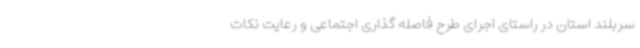
سربلند استان در راستای اجرای طرح فاصله گذاری اجتماعی و رعایت نکات